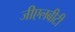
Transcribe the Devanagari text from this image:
जीएलबीटी